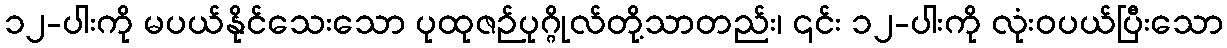
၁၂-ပါးကို မပယ်နိုင်သေးသော ပုထုဇဉ်ပုဂ္ဂိုလ်တို့သာတည်း၊ ၎င်း ၁၂-ပါးကို လုံးဝပယ်ပြီးသော